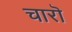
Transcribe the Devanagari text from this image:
चारॊ